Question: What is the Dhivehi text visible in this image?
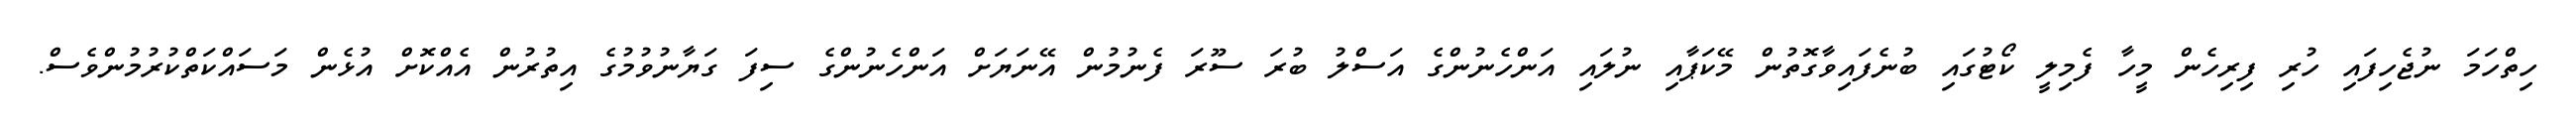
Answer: ހިތްހަމަ ނުޖެހިފައި ހުރި ފިރިހެން މީހާ ފެމިލީ ކޯޓުގައި ބުނެފައިވާގޮތުން މޭކަޕާއި ނުލައި އަންހެނުންގެ އަސްލު ބުރަ ސޫރަ ފެނުމުން އޭނަޔަށް އަންހެނުންގެ ސިފަ ގަޔާނުވުމުގެ އިތުރުން އެއްކޮށް އުޅެން މަސައްކަތްކުރުމުންވެސް.